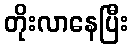
တိုးလာနေပြီး